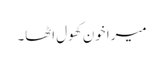
میرا خون کھول اٹھا۔